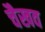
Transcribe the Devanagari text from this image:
चैखव